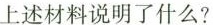
上述材料说明了什么？